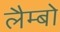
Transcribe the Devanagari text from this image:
लैम्बो